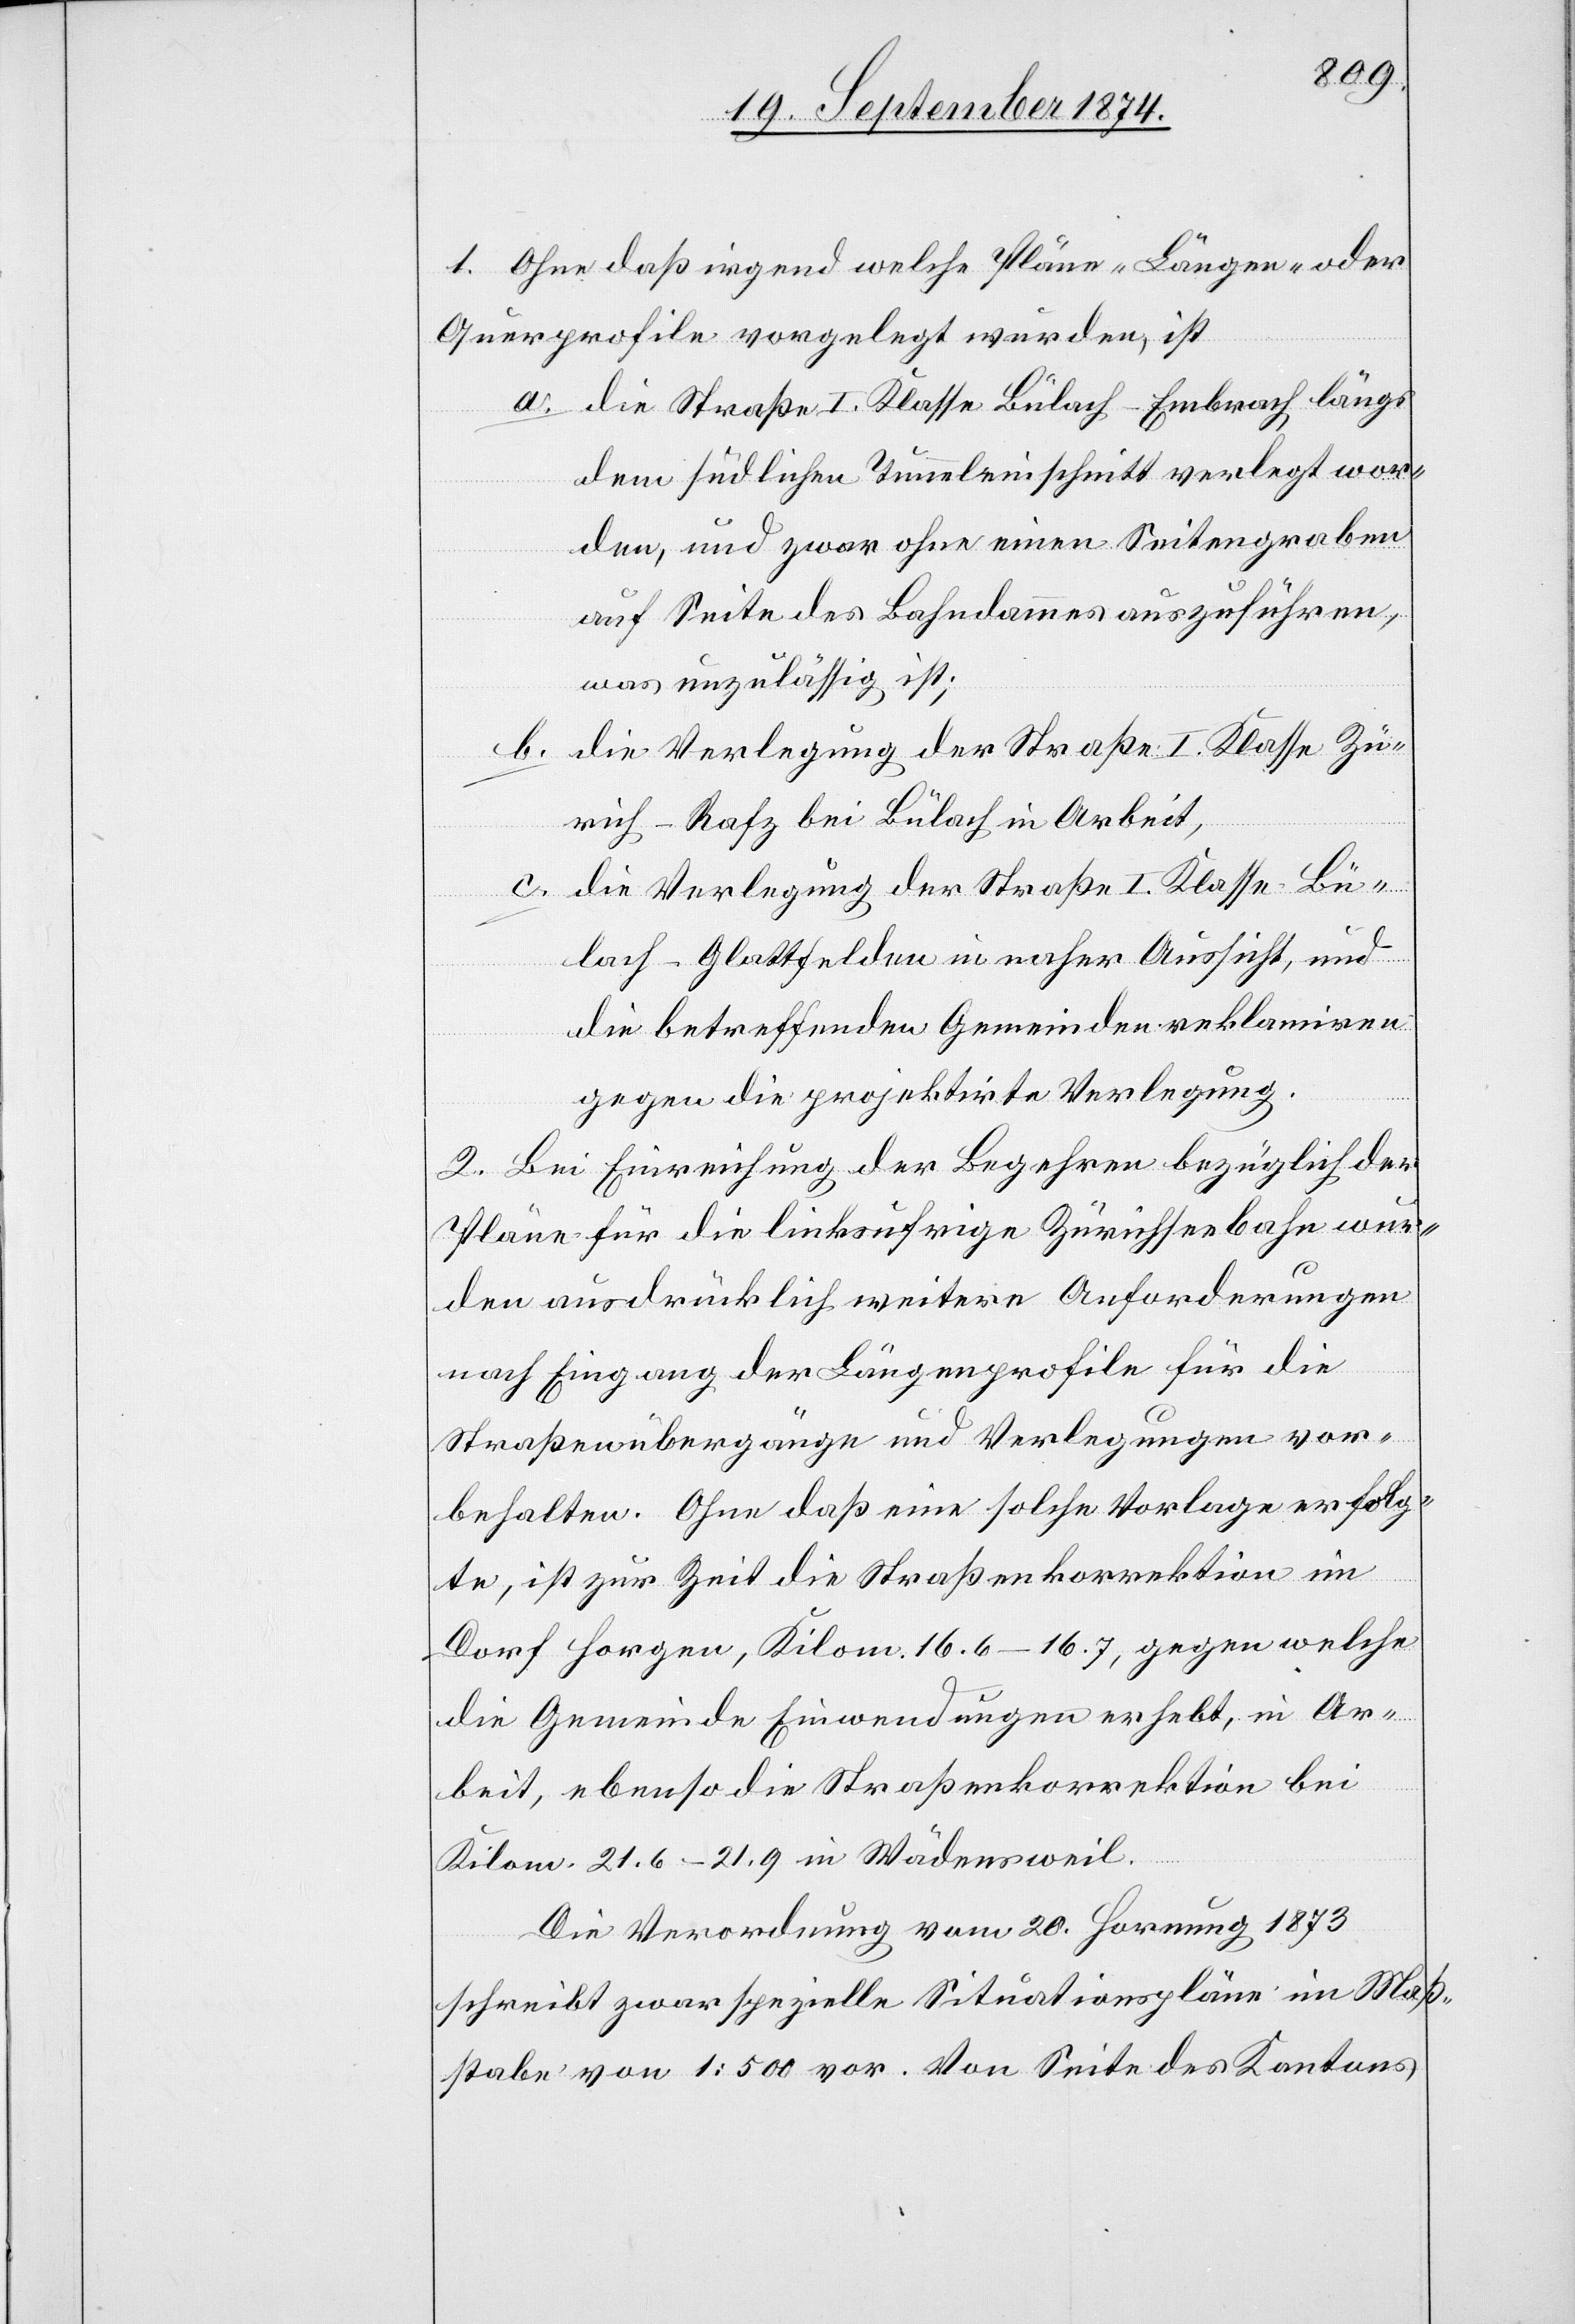
1. Ohne daß irgend welche Pläne- [,] Längen- oder
Querprofile vorgelegt wurden, ist
a. die Straße I. Klasse Bülach–Embrach, längs
dem südlichen Tunneleinschnitt verlegt wor¬
den, und zwar ohne einen Seitengraben
auf Seite des Bahndammes auszuführen,
was unzulässig ist;
b. die Verlegung der Straße I. Klasse Zü¬
rich–Rafz bei Bülach in Arbeit,
c. die Verlegung der Straße I. Klasse Bü¬
lach–Glattfelden in naher Aussicht, und
die betreffenden Gemeinden reklamiren
gegen die projektirte Verlegung.
2. Bei Einrichtung der Begehren bezüglich der
Pläne für die linksufrige Zürichseebahn wur¬
den ausdrücklich weitere Anforderungen
nach Eingang der Längenprofile für die
Straßenübergänge und Verlegungen vor¬
behalten. Ohne daß eine solche Vorlage erfolg¬
te, ist zur Zeit die Straßenkorrektion im
Dorf Horgen, Kilom. 16.6–16.7, gegen welche
die Gemeinde Einwendungen erhebt, in Ar¬
beit, ebenso die Straßenkorrektion bei
Kilom. 21.6–21.9 in Wädensweil.
Die Verordnung vom 20. Hornung 1873
schreibt zwar spezielle Situationspläne im Maß¬
stabe von 1:500 vor. Von Seite des Kantons